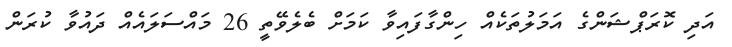
އަދި ކޮރަޕްޝަންގެ އަމަލުތަކެއް ހިންގާފައިވާ ކަމަށް ބެލެވޭތީ 26 މައްސަލައެއް ދައުވާ ކުރަން